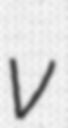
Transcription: v